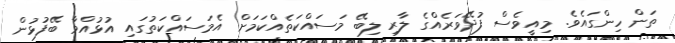
ތަން ހިންގައެވެ. މިއީވެސް ފުދޭވަރެއްގެ ލާރި ލިބޭ މަސައްކަތެއްކަމަށް އެމަސައްކަތުގައި އުޅުއްވާ ބޭފުޅުން